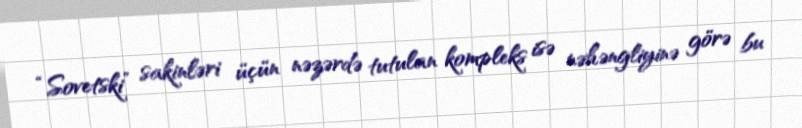
“Sovetski” sakinləri üçün nəzərdə tutulan kompleks isə nəhəngliyinə görə bu